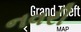
નવરી